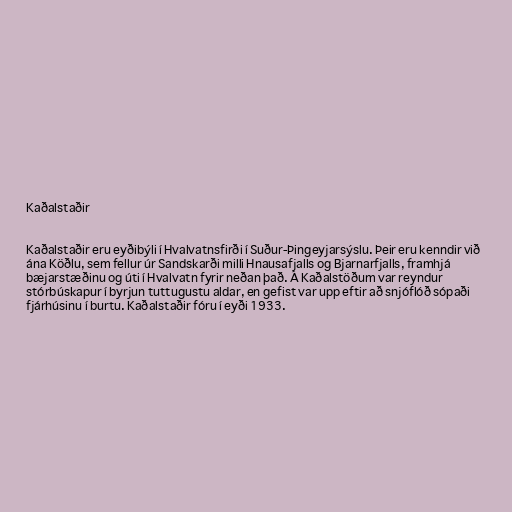
Kaðalstaðir

Kaðalstaðir eru eyðibýli í Hvalvatnsfirði í Suður-Þingeyjarsýslu. Þeir eru kenndir við
ána Köðlu, sem fellur úr Sandskarði milli Hnausafjalls og Bjarnarfjalls, framhjá
bæjarstæðinu og úti í Hvalvatn fyrir neðan það. Á Kaðalstöðum var reyndur
stórbúskapur í byrjun tuttugustu aldar, en gefist var upp eftir að snjóflóð sópaði
fjárhúsinu í burtu. Kaðalstaðir fóru í eyði 1933.